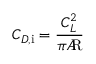
C _ { D , { \mathrm { i } } } = { \frac { C _ { L } ^ { 2 } } { \pi A \! \! { \mathrm { R } } } }